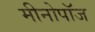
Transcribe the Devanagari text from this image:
मीनोपॉज